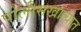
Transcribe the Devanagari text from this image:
पोलीसखात्यात